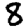
Digit: 8